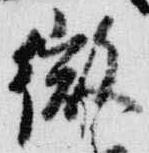
微